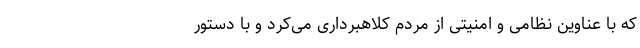
که با عناوین نظامی و امنیتی از مردم کلاهبرداری می‌کرد و با دستور